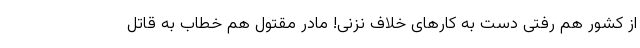
از کشور هم رفتی دست به کارهای خلاف نزنی! مادر مقتول هم خطاب به قاتل